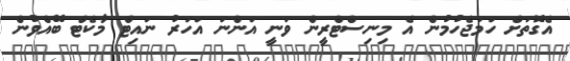
އެގޮތަށް ހަމަޖެހުމުން އެ މިނިސްޓްރީން ވަނީ އަންނަ އަހަރު ނައިޓް މާކެޓް ބޭއްވުން